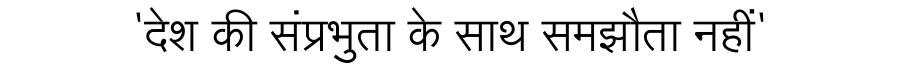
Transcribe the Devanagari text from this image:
'देश की संप्रभुता के साथ समझौता नहीं'